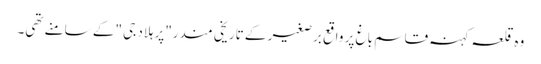
وہ قلعہ کہنہ قاسم باغ پر واقع برصغیر کے تاریخی مندر"پرہلاد جی "کے سامنے تھی۔